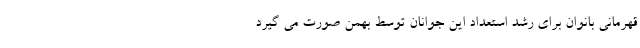
قهرمانی بانوان برای رشد استعداد این جوانان توسط بهمن صورت می گیرد